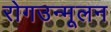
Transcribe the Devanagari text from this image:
रोगउन्मूलन